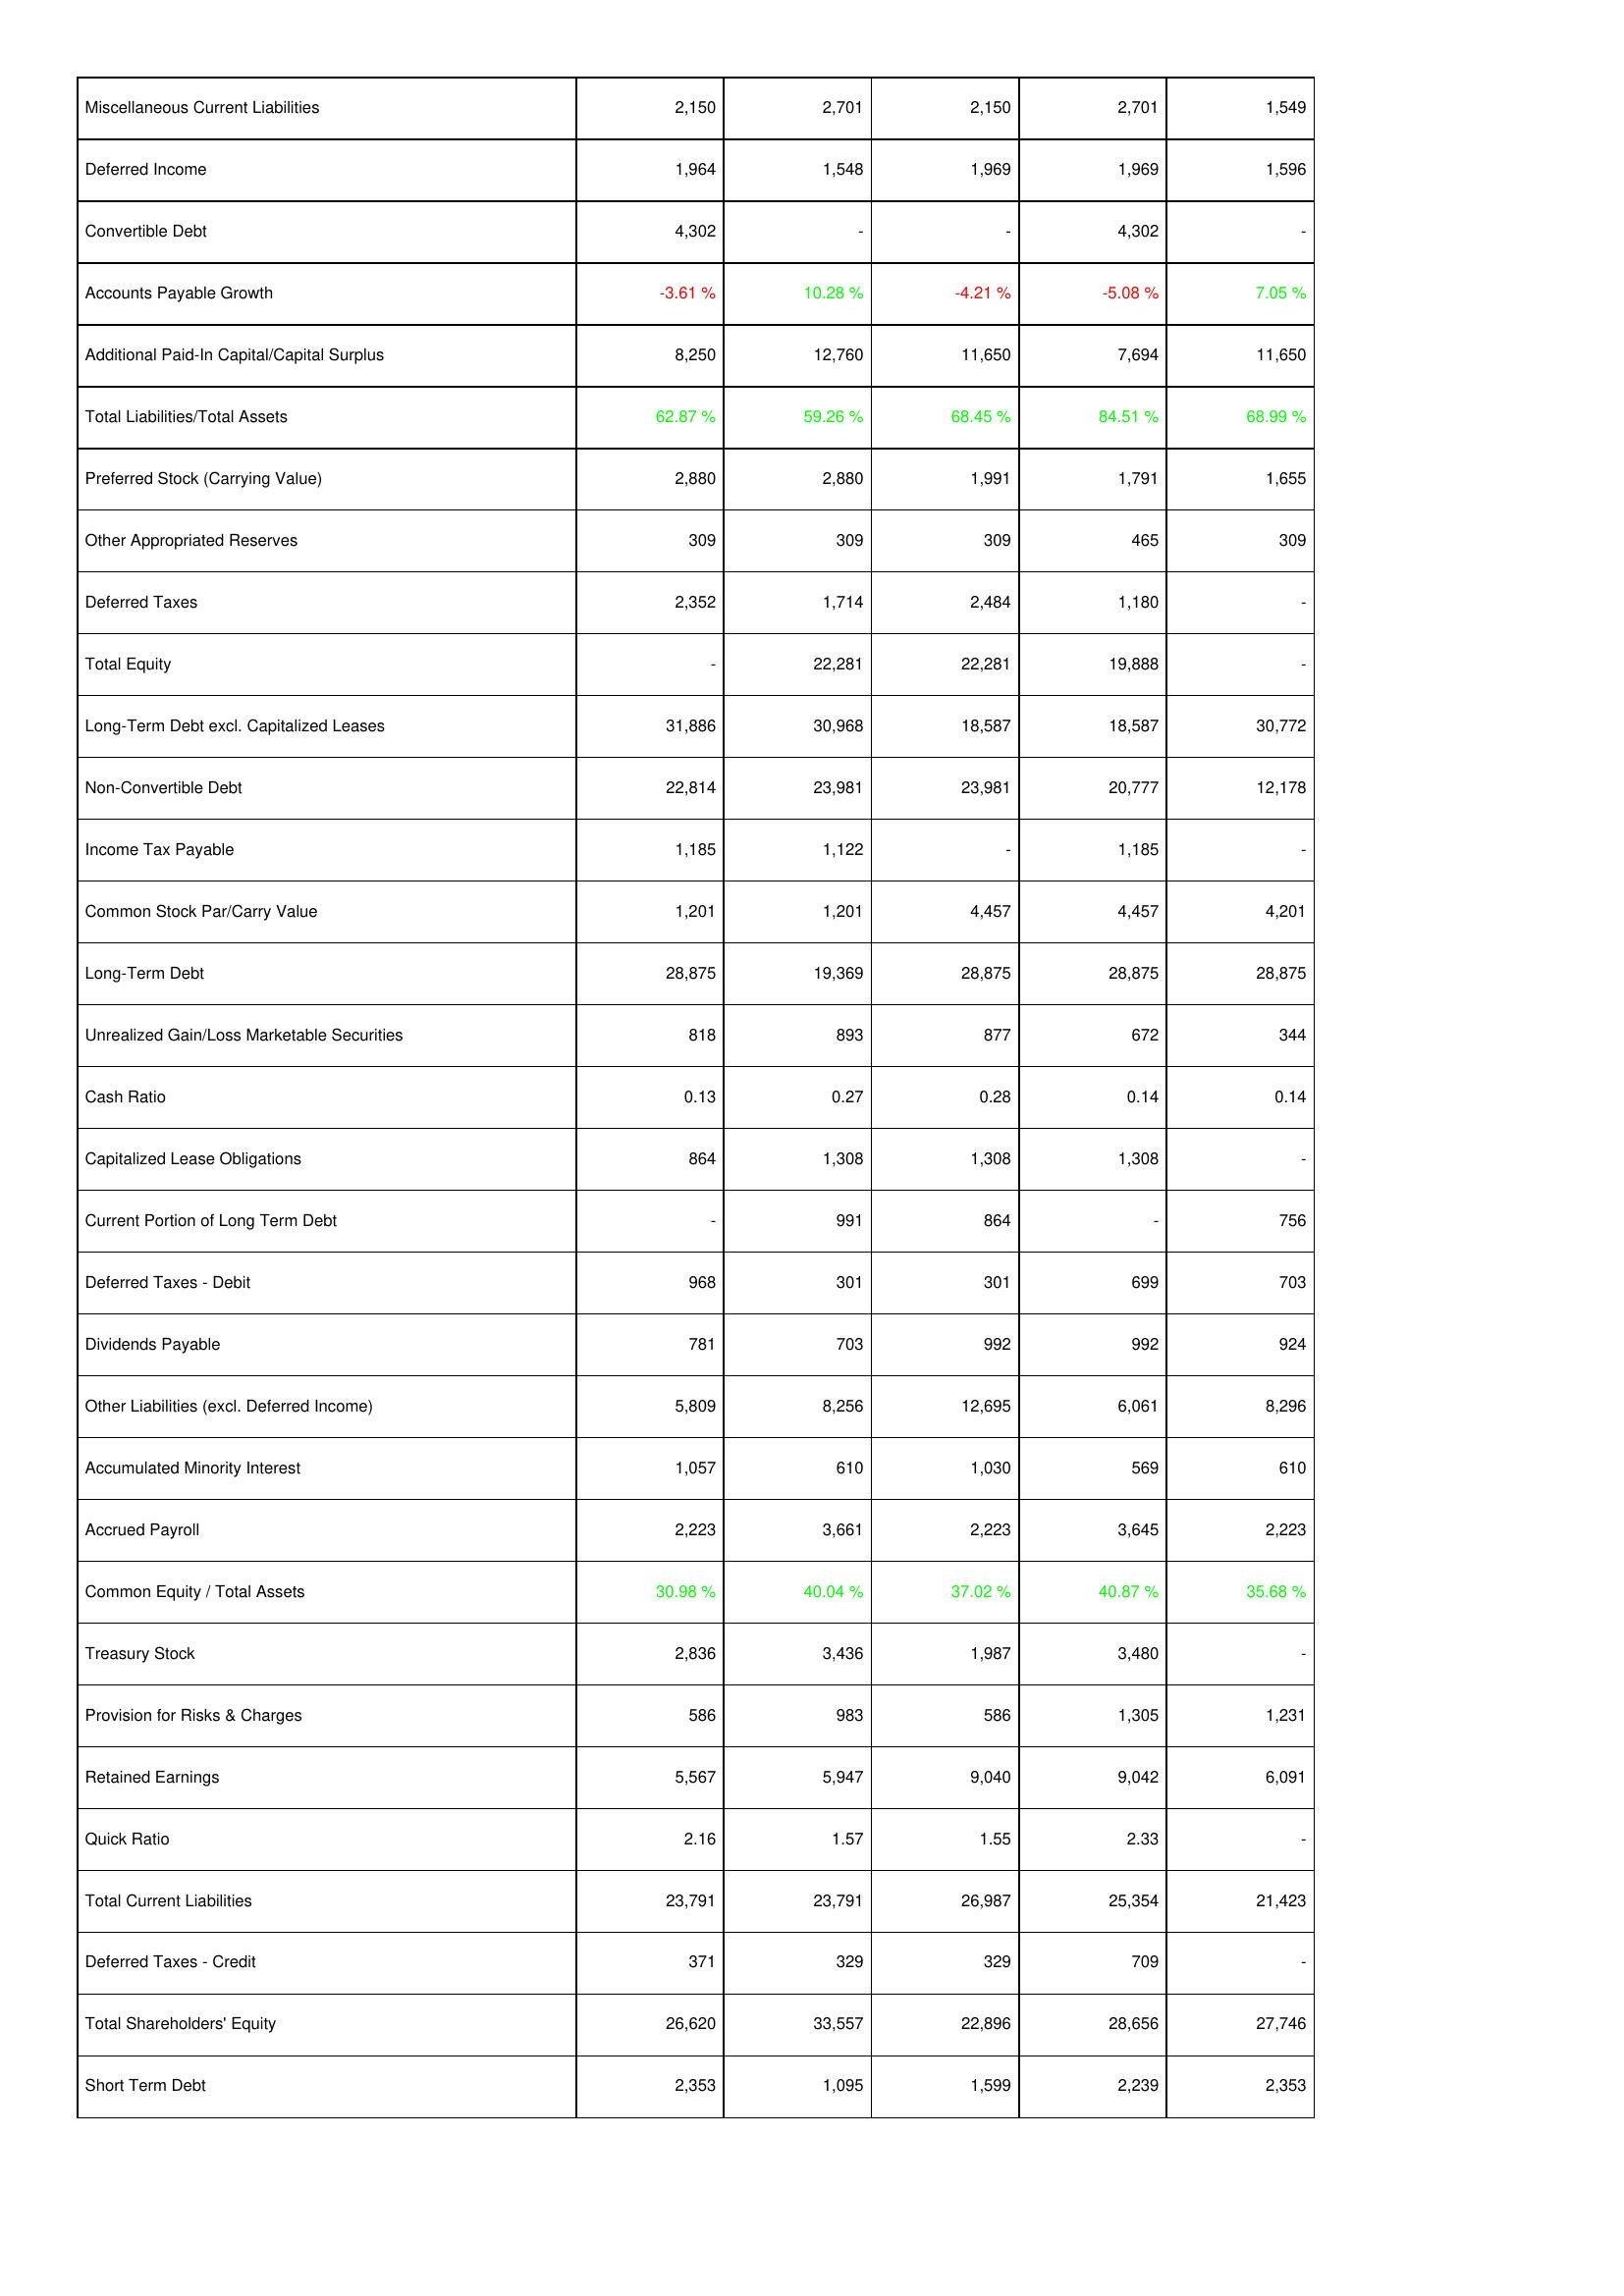
2008: Liabilities & Shareholders' Equity: Miscellaneous Current Liabilities: 2,150
Deferred Income: 1,964
Convertible Debt: 4,302
Accounts Payable Growth: -3.61 %
Additional Paid-In Capital/Capital Surplus: 8,250
Total Liabilities/Total Assets: 62.87 %
Preferred Stock (Carrying Value): 2,880
Other Appropriated Reserves: 309
Deferred Taxes: 2,352
Total Equity: -
Long-Term Debt excl. Capitalized Leases: 31,886
Non-Convertible Debt: 22,814
Income Tax Payable: 1,185
Common Stock Par/Carry Value: 1,201
Long-Term Debt: 28,875
Unrealized Gain/Loss Marketable Securities: 818
Cash Ratio: 0.13
Capitalized Lease Obligations: 864
Current Portion of Long Term Debt: -
Deferred Taxes - Debit: 968
Dividends Payable: 781
Other Liabilities (excl. Deferred Income): 5,809
Accumulated Minority Interest: 1,057
Accrued Payroll: 2,223
Common Equity / Total Assets: 30.98 %
Treasury Stock: 2,836
Provision for Risks & Charges: 586
Retained Earnings: 5,567
Quick Ratio: 2.16
Total Current Liabilities: 23,791
Deferred Taxes - Credit: 371
Total Shareholders' Equity: 26,620
Short Term Debt: 2,353
2009: Liabilities & Shareholders' Equity: Miscellaneous Current Liabilities: 2,701
Deferred Income: 1,548
Convertible Debt: -
Accounts Payable Growth: 10.28 %
Additional Paid-In Capital/Capital Surplus: 12,760
Total Liabilities/Total Assets: 59.26 %
Preferred Stock (Carrying Value): 2,880
Other Appropriated Reserves: 309
Deferred Taxes: 1,714
Total Equity: 22,281
Long-Term Debt excl. Capitalized Leases: 30,968
Non-Convertible Debt: 23,981
Income Tax Payable: 1,122
Common Stock Par/Carry Value: 1,201
Long-Term Debt: 19,369
Unrealized Gain/Loss Marketable Securities: 893
Cash Ratio: 0.27
Capitalized Lease Obligations: 1,308
Current Portion of Long Term Debt: 991
Deferred Taxes - Debit: 301
Dividends Payable: 703
Other Liabilities (excl. Deferred Income): 8,256
Accumulated Minority Interest: 610
Accrued Payroll: 3,661
Common Equity / Total Assets: 40.04 %
Treasury Stock: 3,436
Provision for Risks & Charges: 983
Retained Earnings: 5,947
Quick Ratio: 1.57
Total Current Liabilities: 23,791
Deferred Taxes - Credit: 329
Total Shareholders' Equity: 33,557
Short Term Debt: 1,095
2010: Liabilities & Shareholders' Equity: Miscellaneous Current Liabilities: 2,150
Deferred Income: 1,969
Convertible Debt: -
Accounts Payable Growth: -4.21 %
Additional Paid-In Capital/Capital Surplus: 11,650
Total Liabilities/Total Assets: 68.45 %
Preferred Stock (Carrying Value): 1,991
Other Appropriated Reserves: 309
Deferred Taxes: 2,484
Total Equity: 22,281
Long-Term Debt excl. Capitalized Leases: 18,587
Non-Convertible Debt: 23,981
Income Tax Payable: -
Common Stock Par/Carry Value: 4,457
Long-Term Debt: 28,875
Unrealized Gain/Loss Marketable Securities: 877
Cash Ratio: 0.28
Capitalized Lease Obligations: 1,308
Current Portion of Long Term Debt: 864
Deferred Taxes - Debit: 301
Dividends Payable: 992
Other Liabilities (excl. Deferred Income): 12,695
Accumulated Minority Interest: 1,030
Accrued Payroll: 2,223
Common Equity / Total Assets: 37.02 %
Treasury Stock: 1,987
Provision for Risks & Charges: 586
Retained Earnings: 9,040
Quick Ratio: 1.55
Total Current Liabilities: 26,987
Deferred Taxes - Credit: 329
Total Shareholders' Equity: 22,896
Short Term Debt: 1,599
2011: Liabilities & Shareholders' Equity: Miscellaneous Current Liabilities: 2,701
Deferred Income: 1,969
Convertible Debt: 4,302
Accounts Payable Growth: -5.08 %
Additional Paid-In Capital/Capital Surplus: 7,694
Total Liabilities/Total Assets: 84.51 %
Preferred Stock (Carrying Value): 1,791
Other Appropriated Reserves: 465
Deferred Taxes: 1,180
Total Equity: 19,888
Long-Term Debt excl. Capitalized Leases: 18,587
Non-Convertible Debt: 20,777
Income Tax Payable: 1,185
Common Stock Par/Carry Value: 4,457
Long-Term Debt: 28,875
Unrealized Gain/Loss Marketable Securities: 672
Cash Ratio: 0.14
Capitalized Lease Obligations: 1,308
Current Portion of Long Term Debt: -
Deferred Taxes - Debit: 699
Dividends Payable: 992
Other Liabilities (excl. Deferred Income): 6,061
Accumulated Minority Interest: 569
Accrued Payroll: 3,645
Common Equity / Total Assets: 40.87 %
Treasury Stock: 3,480
Provision for Risks & Charges: 1,305
Retained Earnings: 9,042
Quick Ratio: 2.33
Total Current Liabilities: 25,354
Deferred Taxes - Credit: 709
Total Shareholders' Equity: 28,656
Short Term Debt: 2,239
2012: Liabilities & Shareholders' Equity: Miscellaneous Current Liabilities: 1,549
Deferred Income: 1,596
Convertible Debt: -
Accounts Payable Growth: 7.05 %
Additional Paid-In Capital/Capital Surplus: 11,650
Total Liabilities/Total Assets: 68.99 %
Preferred Stock (Carrying Value): 1,655
Other Appropriated Reserves: 309
Deferred Taxes: -
Total Equity: -
Long-Term Debt excl. Capitalized Leases: 30,772
Non-Convertible Debt: 12,178
Income Tax Payable: -
Common Stock Par/Carry Value: 4,201
Long-Term Debt: 28,875
Unrealized Gain/Loss Marketable Securities: 344
Cash Ratio: 0.14
Capitalized Lease Obligations: -
Current Portion of Long Term Debt: 756
Deferred Taxes - Debit: 703
Dividends Payable: 924
Other Liabilities (excl. Deferred Income): 8,296
Accumulated Minority Interest: 610
Accrued Payroll: 2,223
Common Equity / Total Assets: 35.68 %
Treasury Stock: -
Provision for Risks & Charges: 1,231
Retained Earnings: 6,091
Quick Ratio: -
Total Current Liabilities: 21,423
Deferred Taxes - Credit: -
Total Shareholders' Equity: 27,746
Short Term Debt: 2,353